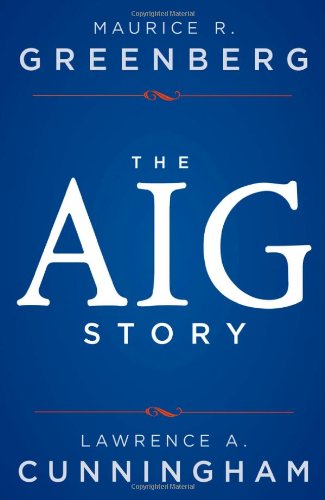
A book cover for The AIG Story; Maurice R. Greenberg; Business & Money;